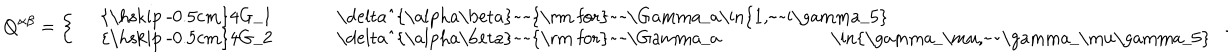
LaTeX: Q ^ { \alpha \beta } = \left\{ \left\{ \begin{cases} { { } } & { { { \hspace { - 0 . 5 c m } } 4 G _ { 1 } \delta ^ { \alpha \beta } ~ ~ \mathrm { f o r } ~ ~ \Gamma _ { a } \in \{ 1 , ~ ~ i \gamma _ { 5 } \} } } \\ { { } } & { { { \hspace { - 0 . 5 c m } } 4 G _ { 2 } \delta ^ { \alpha \beta } ~ ~ \mathrm { f o r } ~ ~ \Gamma _ { a } \in \{ \gamma _ { \mu } , ~ ~ \gamma _ { \mu } \gamma _ { 5 } \} } } \\ \end{cases} \right. \right. \, .